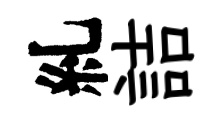
糺詰